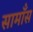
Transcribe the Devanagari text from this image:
सामाँस